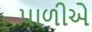
પાળીએ